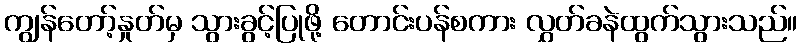
ကျွန်တော့်နှုတ်မှ သွားခွင့်ပြုဖို့ တောင်းပန်စကား လွှတ်ခနဲထွက်သွားသည်။